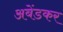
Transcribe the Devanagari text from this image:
अबेंडकर